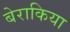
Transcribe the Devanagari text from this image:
बेराकिया